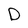
Character: D